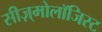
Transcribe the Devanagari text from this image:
सीज़्मोलॉजिस्ट